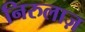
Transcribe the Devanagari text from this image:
निरुलाज़